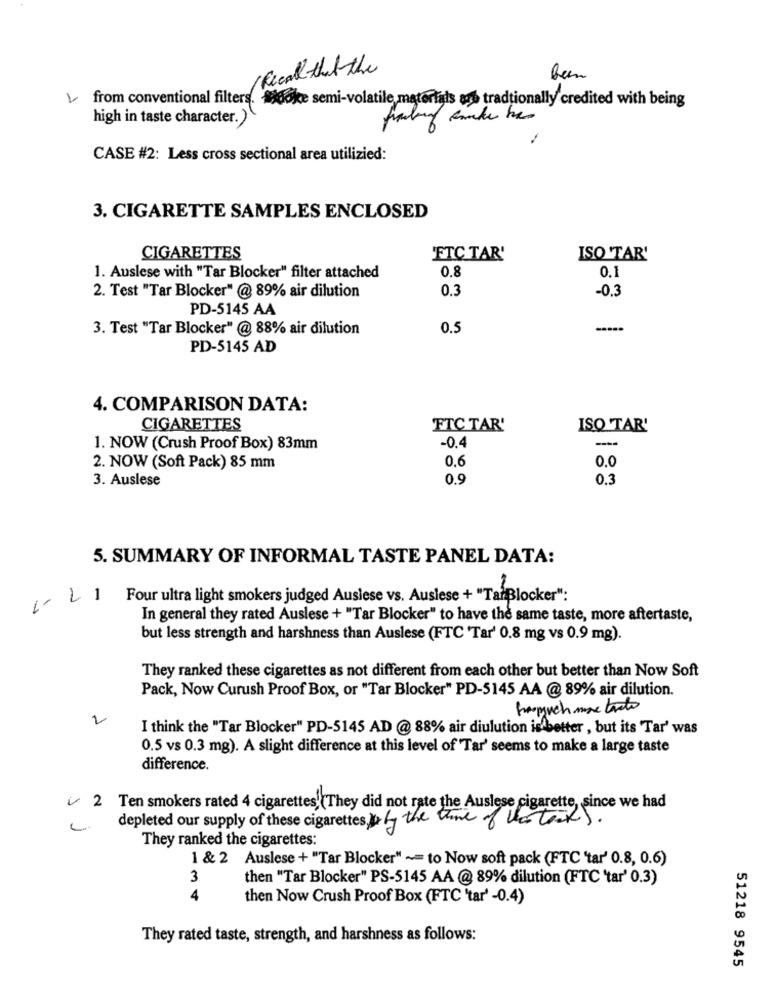
Recall that the
Been
from conventional filters. Widoke semi-volatile materials ans tradtionally credited with being
high in taste character. )
CASE #2: Less cross sectional area utilizied:
3. CIGARETTE SAMPLES ENCLOSED
CIGARETTES
"FTC TAR'
ISO 'TAR'
0.8
0.1
1. Auslese with "Tar Blocker" filter attached
2. Test "Tar Blocker" @ 89% air dilution
0.3
-0.3
PD-5145 AA
3. Test "Tar Blocker" @ 88% air dilution
0.5
PD-5145 AD
4. COMPARISON DATA:
CIGARETTES
FTC TAR'
ISO 'TAR'
---
1. NOW (Crush Proof Box) 83mm
-0.4
0.6
0.0
2. NOW (Soft Pack) 85 mm
3. Auslese
0.9
0.3
5. SUMMARY OF INFORMAL TASTE PANEL DATA:
Four ultra light smokers judged Auslese vs. Auslese + "TarBlocker":
In general they rated Auslese + "Tar Blocker" to have the same taste, more aftertaste,
but less strength and harshness than Auslese (FTC Tar' 0.8 mg vs 0.9 mg).
They ranked these cigarettes as not different from each other but better than Now Soft
Pack, Now Curush Proof Box, or "Tar Blocker" PD-5145 AA @ 89% air dilution.
frosmuch more tanto
2
I think the "Tar Blocker" PD-5145 AD @ 88% air diulution is better , but its Tar' was
0.5 vs 0.3 mg). A slight difference at this level of 'Tar' seems to make a large taste
difference.
2 Ten smokers rated 4 cigarettes, They did not rate the Auslese cigarette, since we had
depleted our supply of these cigarettes by the time of ver tax ).
They ranked the cigarettes:
1 & 2 Auslese + "Tar Blocker" ~= to Now soft pack (FTC 'tar' 0.8, 0.6)
3
then "Tar Blocker" PS-5145 AA @ 89% dilution (FTC 'tar' 0.3)
4
then Now Crush Proof Box (FTC 'tar' -0.4)
They rated taste, strength, and harshness as follows:
51218 9545